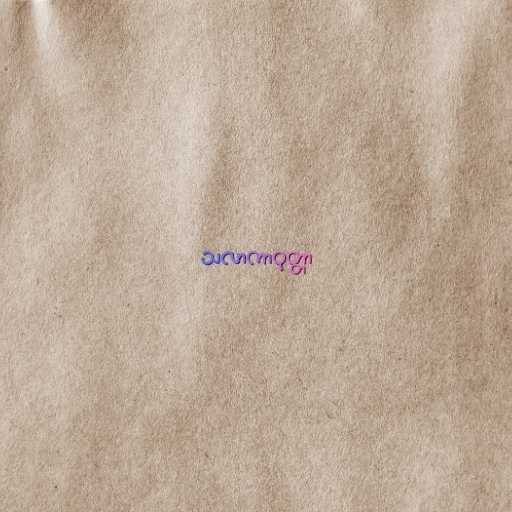
သလာကာဝုတ္တာ